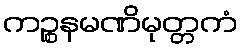
ကဉ္စနမဏိမုတ္တကံ